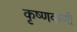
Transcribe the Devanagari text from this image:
कृष्णवाणी